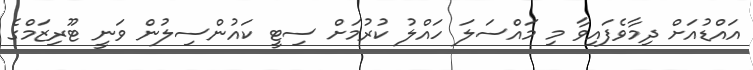
އައްޑުއަށް ދިމާވެފައިވާ މި މައްސަލަ ހައްލު ކުރުމަށް ސިޓީ ކައުންސިލުން ވަނީ ޓޫރިޒަމްގެ